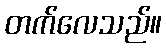
တက်လေသည်။